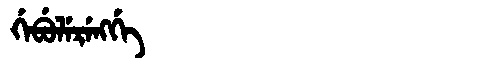
Manchu: ᡤᡝᠪᡠᠯᡝᡵᡝᠩᡤᡝ
Romanization: GEBULERENGGE